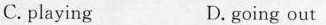
C.playing D. going out